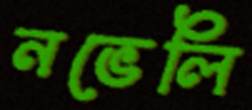
নভেলি